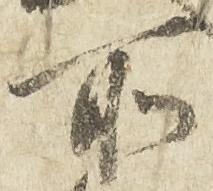
所